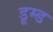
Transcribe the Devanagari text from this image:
डूम्ड